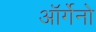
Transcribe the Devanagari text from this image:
ऑर्गेनो